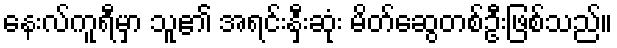
နေးလ်ကူရီမှာ သူ၏ အရင်းနှီးဆုံး မိတ်ဆွေတစ်ဦးဖြစ်သည်။